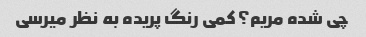
چی شده مریم؟ کمی رنگ پریده به نظر میرسی